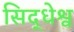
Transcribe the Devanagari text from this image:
सिद्धेश्व